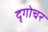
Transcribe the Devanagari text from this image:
दृगोचर